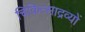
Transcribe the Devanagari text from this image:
चिकित्साद्रव्यों